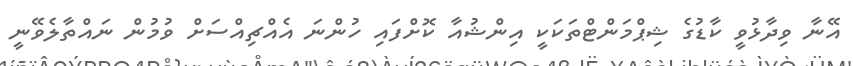
އޭނާ ވިދާޅުވީ ކާޑުގެ ޝިޕްމަންޓްތަކަކީ އިންޝުއާ ކޮށްފައި ހުންނަ އެއްޗިއްސަށް ވުމުން ނައްތާލެވޭނީ